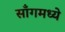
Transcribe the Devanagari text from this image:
साँगमध्ये